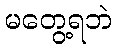
မတွေ့ရဘဲ